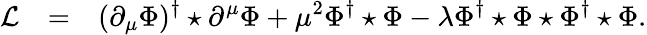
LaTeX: \begin{array}{rcl}{{{\cal L}}}&{{=}}&{{\displaystyle(\partial_{\mu}\Phi)^{\dagger}\star\partial^{\mu}\Phi+\mu^{2}\Phi^{\dagger}\star\Phi-\lambda\Phi^{\dagger}\star\Phi\star\Phi^{\dagger}\star\Phi.}}\end{array}